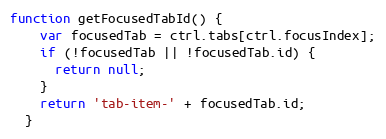
Language: JavaScript
function getFocusedTabId() {
    var focusedTab = ctrl.tabs[ctrl.focusIndex];
    if (!focusedTab || !focusedTab.id) {
      return null;
    }
    return 'tab-item-' + focusedTab.id;
  }